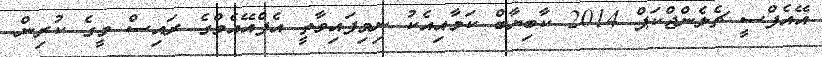
އޭއެފްސީ ޗެލެންޖްކަޕް 2014 ކާބިޔާބް ކަމާއިއެކު ނިމިފައިވާތީ އެފްއޭއެމްގެ ރައިސް މީގެ ކުރިން